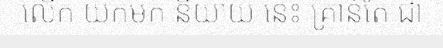
លើក យកមក និយាយ នេះ គ្រាន់តែ ជា